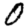
Digit: 0